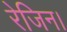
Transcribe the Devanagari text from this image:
रेजिन।